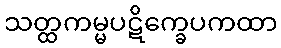
သတ္ထကမ္မပဋိက္ခေပကထာ